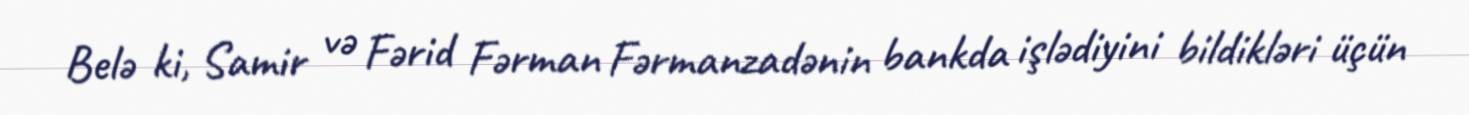
Belə ki, Samir və Fərid Fərman Fərmanzadənin bankda işlədiyini bildikləri üçün